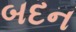
બદન